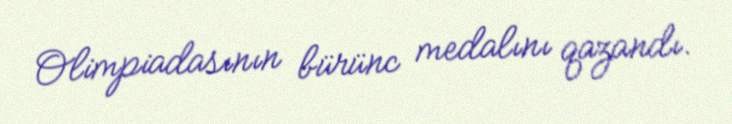
Olimpiadasının bürünc medalını qazandı.